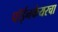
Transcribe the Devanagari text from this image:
पॉईनकेयरचा